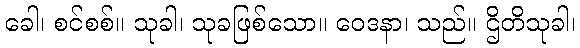
ခေါ၊ စင်စစ်။ သုခါ၊ သုခဖြစ်သော။ ဝေဒနာ၊ သည်။ ဌိတိသုခါ၊